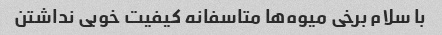
با سلام برخی میوه‌ها متاسفانه کیفیت خوبی نداشتن